Rangoon Lunatic Asylum 1878-1892 - 1878-1892
Year: 1878
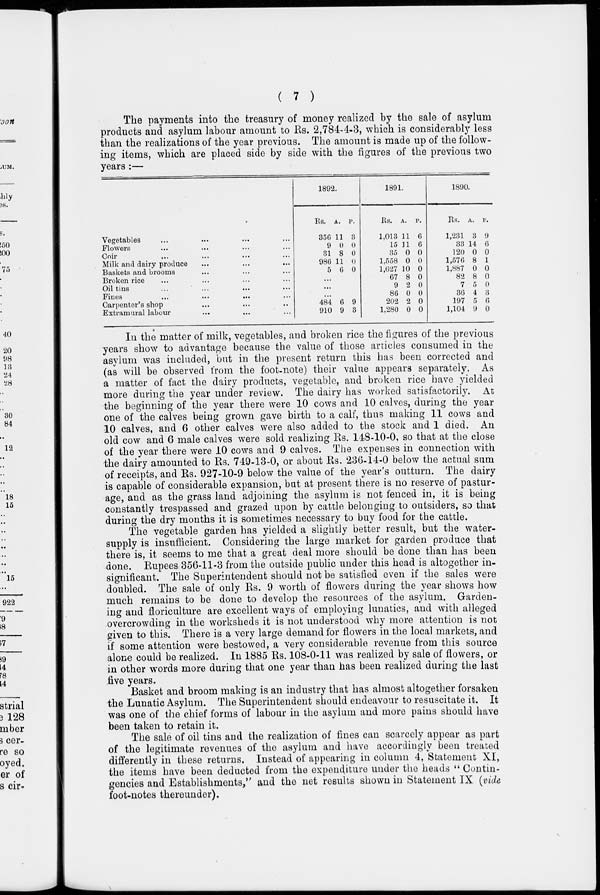
( 7 )
The payments into the treasury of money realized by the sale of asylum
products and asylum labour amount to Rs. 2,784-4-3, which is considerably less
than the realizations of the year previous. The amount is made up of the follow-
ing items, which are placed side by side with the figures of the previous two
years :—
Vegetables ... ... ... ...
Flowers ... ... ... ...
Coir ... ... ... ...
Milk and dairy produce ... ... ...
Baskets and brooms ... ... ...
Broken rice ... ... ... ...
Oil tins ... ... ... ...
Fines ... ... ... ...
Carpenter's shop ... ... ...
Extramural labour
...
...
...
1892.
Rs.
356
9
31
986
5
A.
11
0
8
11
6
P.
3
0
0
0
0
...
...
...
484
910
6
9
9
3
1891.
Rs.
1,013
15
35
1,558
1,627
67
9
86
202
1,280
A.
11
11 0
0
10
8
2
0
2
0
P.
6
6
0
0
0
0
0
0
0
0
1890.
Rs.
1,231
33
120
1,576
1,887
82
7
36
197
1,104
A.
3
14
0
8
0
8
5
4
5
9
P.
9
6
0
1
0
0
0
3
6
0
In the matter of milk, vegetables, and broken rice the figures of the previous
years show to advantage because the value of those articles consumed in the
asylum was included, but in the present return this has been corrected and
(as will be observed from the foot-note) their value appears separately. As
a matter of fact the dairy products, vegetable, and broken rice have yielded
more during the year under review. The dairy has worked satisfactorily. At
the beginning of the year there were 10 cows and 10 calves, during the year
one of the calves being grown gave birth to a calf, thus making 11 cows and
10 calves, and 6 other calves were also added to the stock and 1 died. An
old cow and 6 male calves were sold realizing Rs. 148-10-0, so that at the close
of the year there were 10 cows and 9 calves. The expenses in connection with
the dairy amounted to Rs. 749-13-0, or about Rs. 236-14-0 below the actual sum
of receipts, and Rs. 927-10-9 below the value of the year's outturn. The dairy
is capable of considerable expansion, but at present there is no reserve of pastur-
age, and as the grass land adjoining the asylum is not fenced in, it is being
constantly trespassed and grazed upon by cattle belonging to outsiders, so that
during the dry months it is sometimes necessary to buy food for the cattle.
The vegetable garden has yielded a slightly better result, but the water-
supply is insufficient. Considering the large market for garden produce that
there is, it seems to me that a great deal more should be done than has been
done. Rupees 356-11-3 from the outside public under this head is altogether in-
significant. The Superintendent should not be satisfied even if the sales were
doubled. The sale of only Rs. 9 worth of flowers during the year shows how
much remains to be done to develop the resources of the asylum. Garden-
ing and floriculture are excellent ways of employing lunatics, and with alleged
overcrowding in the worksheds it is not understood why more attention is not
given to this. There is a very large demand for flowers in the local markets, and
if some attention were bestowed, a very considerable revenue from this source
alone could be realized. In 1885 Rs. 108-0-11 was realized by sale of flowers, or
in other words more during that one year than has been realized during the last
five years.
Basket and broom making is an industry that has almost altogether forsaken
the Lunatic Asylum. The Superintendent should endeavour to resuscitate it. It
was one of the chief forms of labour in the asylum and more pains should have
been taken to retain it.
The sale of oil tins and the realization of fines can scarcely appear as part
of the legitimate revenues of the asylum and have accordingly been treated
differently in these returns. Instead of appearing in column 4, Statement XI,
the items have been deducted from the expenditure under the heads " Contin-
gencies and Establishments," and the net results shown in Statement IX. (vide
foot-notes thereunder).